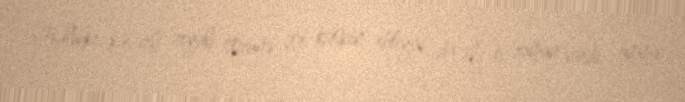
Halbuki, kəsərli ziyalı sözünə çox kəskin ehtiyac da elə o zaman vardı, amma